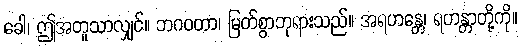
ခေါ၊ ဤအတူသာလျှင်။ ဘဂဝတာ၊ မြတ်စွာဘုရားသည်။ အရဟန္တေ၊ ရဟန္တာတို့ကို။